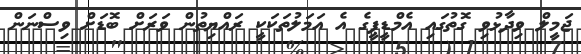
ޖަމީލް ވިދާޅުވި ގޮތުގައި އެމްޑީޕީގެ އެ އަމަލުތަކަކީ ރައްޔިތުން ވަރަށް ބޮޑަށް ވިސްނަން